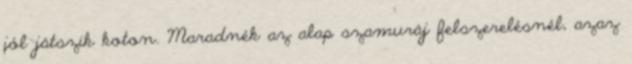
jól játszik koton. Maradnék az alap szamuráj felszerelésnél, azaz